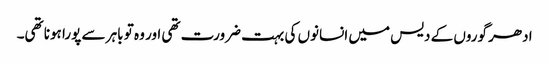
ادھر گوروں کے دیس میں انسانوں کی بہت ضرورت تھی اور وہ تو باہر سے پورا ہونا تھی۔